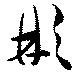
彬